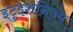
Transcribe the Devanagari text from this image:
इंटुइशनिज्म